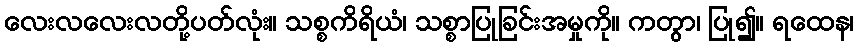
လေးလလေးလတို့ပတ်လုံး။ သစ္စကိရိယံ၊ သစ္စာပြုခြင်းအမှုကို။ ကတွာ၊ ပြု၍။ ရထေန၊